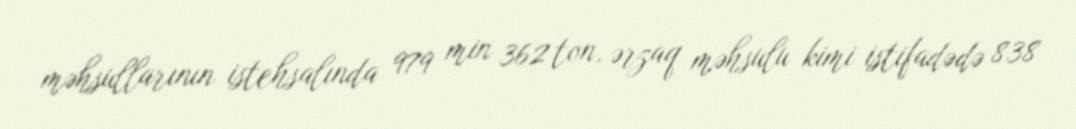
məhsullarının istehsalında 979 min 362 ton, ərzaq məhsulu kimi istifadədə 838